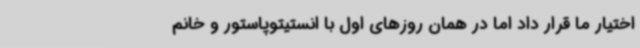
اختیار ما قرار داد اما در همان روزهای اول با انستیتوپاستور و خانم